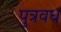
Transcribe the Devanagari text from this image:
पुत्रवध